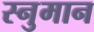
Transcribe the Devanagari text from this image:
स्नुमान